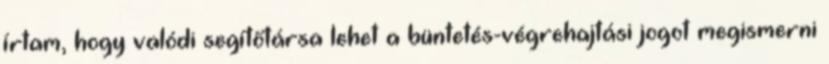
írtam, hogy valódi segítőtársa lehet a büntetés-végrehajtási jogot megismerni